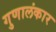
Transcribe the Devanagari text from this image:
गुणालंकार